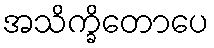
အသိက္ခိတောပေ